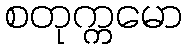
စတုက္ကမော